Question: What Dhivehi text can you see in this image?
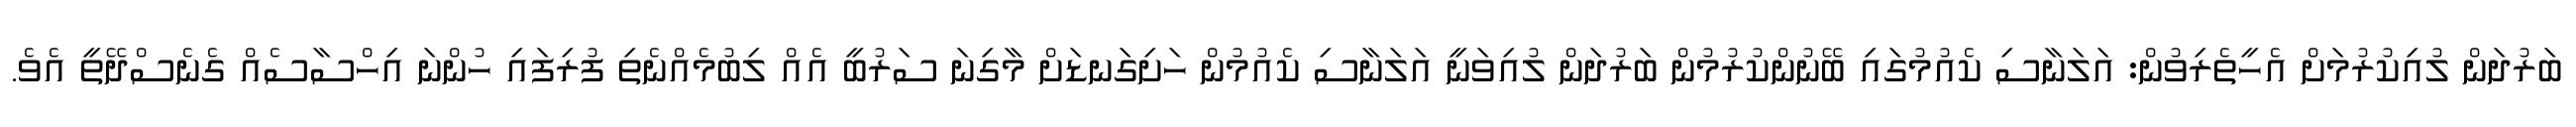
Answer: ބަރުދަން ލުއިކުރުމަށް އެހީތެރިވުން: އަލަނާސި ކެއުމުގައި ބޭނުންކުރުމުން ބަރުދަން ލުއިވަނީ އަލަނާސި ކެއުމުން ހަށިގަނޑަށް މާގިނަ ސަރުބީ އެއް ލިބުމެއްނެތި ފުރިފައި ހުންނަ އިހްސާސެއް ގެނެސްދޭތީ އެވެ.